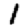
Digit: 1